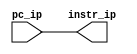
`timescale 1ns / 1ps
//////////////////////////////////////////////////////////////////////////////////
// Company: 
// 
// Design Name: 
// Module Name: program_counter
// Project Name: 
// Target Devices: 
// Tool Versions: 
// Description: 
// 
// Dependencies: 
// 
// Revision:
// Revision 0.01 - File Created
// Additional Comments:
// 
//////////////////////////////////////////////////////////////////////////////////


module program_counter(
    input [7:0] pc_ip,
    output reg [7:0] instr_ip
    
    );
    always @ (*)
    begin
     instr_ip = pc_ip;
    end
    
endmodule